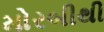
મોરબીથી